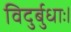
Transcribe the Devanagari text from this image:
विदुर्बुधाः।